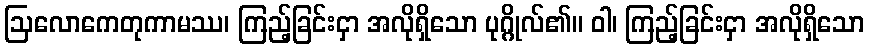
ဩလောကေတုကာမဿ၊ ကြည့်ခြင်းငှာ အလိုရှိသော ပုဂ္ဂိုလ်၏။ ဝါ၊ ကြည့်ခြင်းငှာ အလိုရှိသော